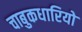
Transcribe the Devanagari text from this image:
चाबुकधारियो